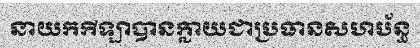
នាយកកីឡាបានក្លាយជាប្រធានសហប័ន្ធ